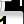
Digit: 1